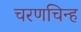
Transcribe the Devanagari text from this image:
चरणचिन्ह